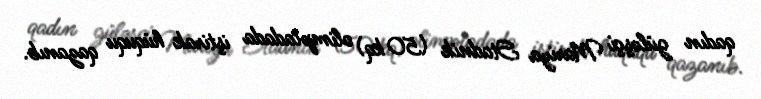
qadın güləşçi Mariya Stadnik (50 kq) olimpiadada iştirak hüququ qazanıb.